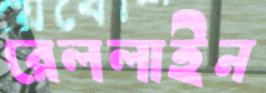
রেললাইন